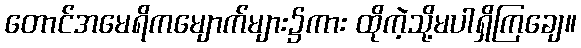
တောင်အမေရိကမျောက်များ၌ကား ထိုကဲ့သို့မပါရှိကြချေ။